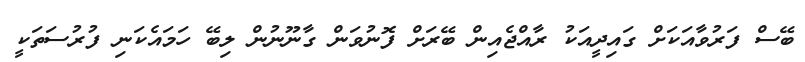
ބޭސް ފަރުވާއަކަށް ގައިދީއަކު ރާއްޖެއިން ބޭރަށް ފޮނުވަން ގާނޫނުން ލިބޭ ހަމައެކަނި ފުރުސަތަކީ